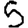
Digit: 5